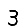
Digit: 3